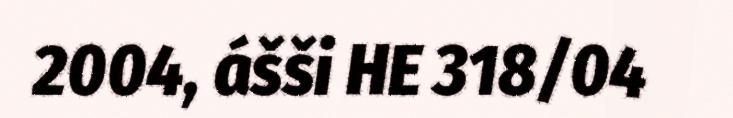
2004, ášši HE 318/04